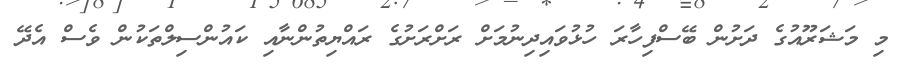
މި މަޝަރޫއުގެ ދަށުން ބޭސްފިހާރަ ހުޅުވައިދިނުމަށް ރަށްރަށުގެ ރައްޔިތުންނާއި ކައުންސިލްތަކުން ވެސް އެދޭ